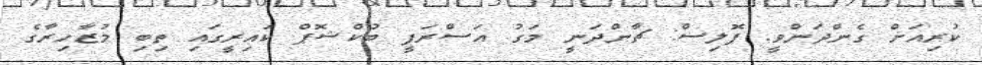
ކުރިއަށް ގެންދަންވީ. ޕޮލިސް: ޗާންދަނީ މަގު އަސްރަފީ ބުކްޝޮޕް ކައިރީގައި ތިބި މުޒާހިރާގެ